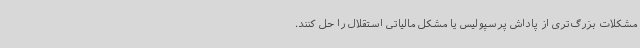
مشکلات بزرگ‌تری از پاداش پرسپولیس یا مشکل مالیاتی استقلال را حل کنند.